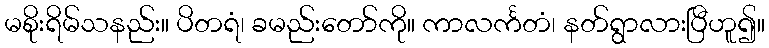
မစိုးရိမ်သနည်း။ ပိတရံ၊ ခမည်းတော်ကို။ ကာလင်္ကတံ၊ နတ်ရွာလားပြီဟူ၍။